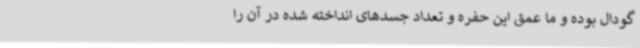
گودال بوده و ما عمق این حفره و تعداد جسدهای انداخته شده در آن را